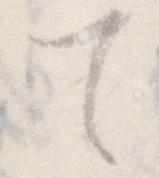
て